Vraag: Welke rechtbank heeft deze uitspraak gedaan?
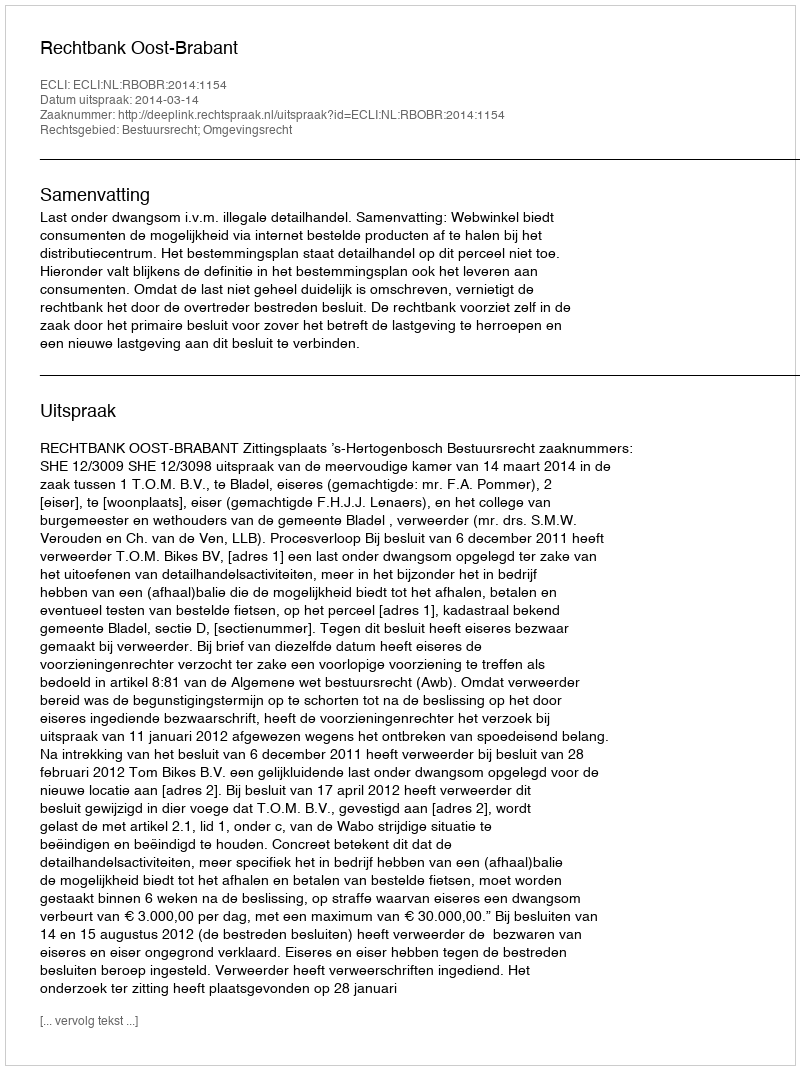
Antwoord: Rechtbank Oost-Brabant